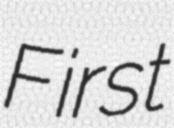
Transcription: First